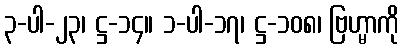
၃-ပါ-၂၃၊ ဋ္ဌ-၁၄။ ၁-ပါ-၁၇၊ ဋ္ဌ-၁၀၈၊ ဗြဟ္မာကို